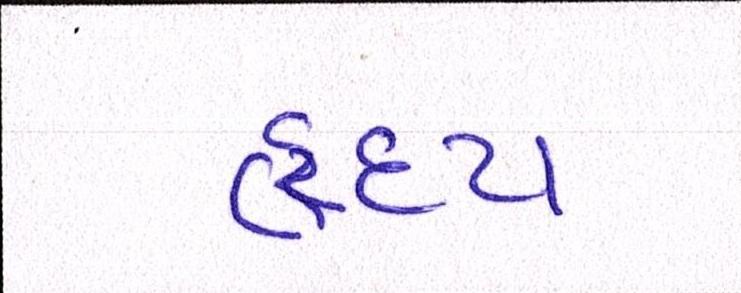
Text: હૃદય